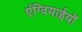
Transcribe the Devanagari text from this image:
एंग्वियाईयों